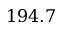
1 9 4 . 7